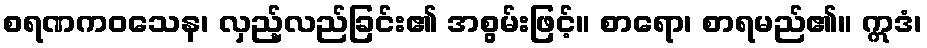
စရဏကဝသေန၊ လှည့်လည်ခြင်း၏ အစွမ်းဖြင့်။ စာရော၊ စာရမည်၏။ ဣဒံ၊